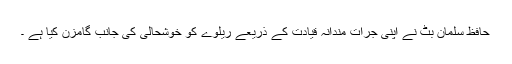
حافظ سلمان بٹ نے اپنی جرات مندانہ قیادت کے ذریعے ریلوے کو خوشحالی کی جانب گامزن کیا ہے ۔